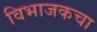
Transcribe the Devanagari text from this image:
विभाजकचा